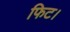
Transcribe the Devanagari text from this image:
फिट।